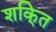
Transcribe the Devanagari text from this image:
शकि्त